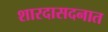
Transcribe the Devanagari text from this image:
शारदासदनात